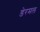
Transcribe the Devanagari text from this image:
डेरमल